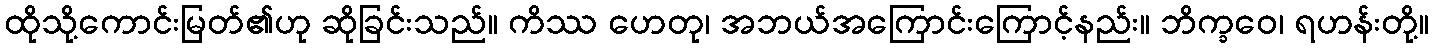
ထိုသို့ကောင်းမြတ်၏ဟု ဆိုခြင်းသည်။ ကိဿ ဟေတု၊ အဘယ်အကြောင်းကြောင့်နည်း။ ဘိက္ခဝေ၊ ရဟန်းတို့။